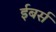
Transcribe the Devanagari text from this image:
ईबर्स